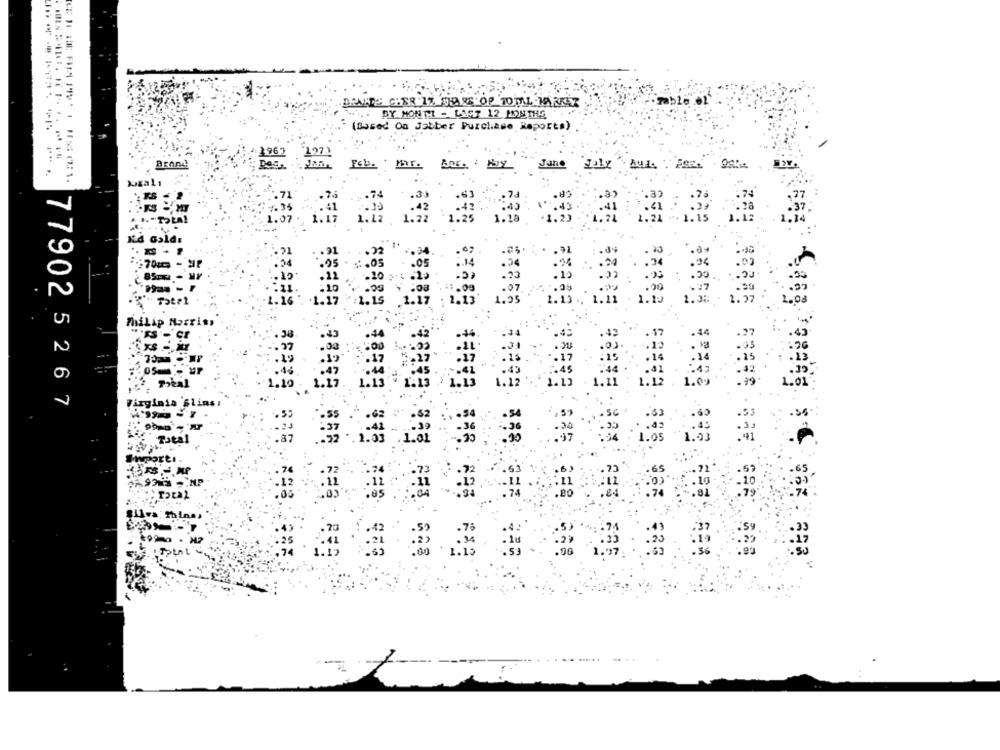
DRANTE CHER 17 CHARS OP TOTAL MARKET
..... BY MONTI - LAST 12 MONTHS
(Based On Jabber Purchase Reports)
1962
1973
cb.
--------
Hoy
une
A4.4:
1. 36
1.12
I&d Golds
.54
.03
: . 05
85mm
.10
.30
1.16
1.17
1:29
. 22
U
Philip Morris,
-. SI.
0
Toeal
77902 5267
Virginia Slims:
.60
- 41
Total
:22
Silva: mains